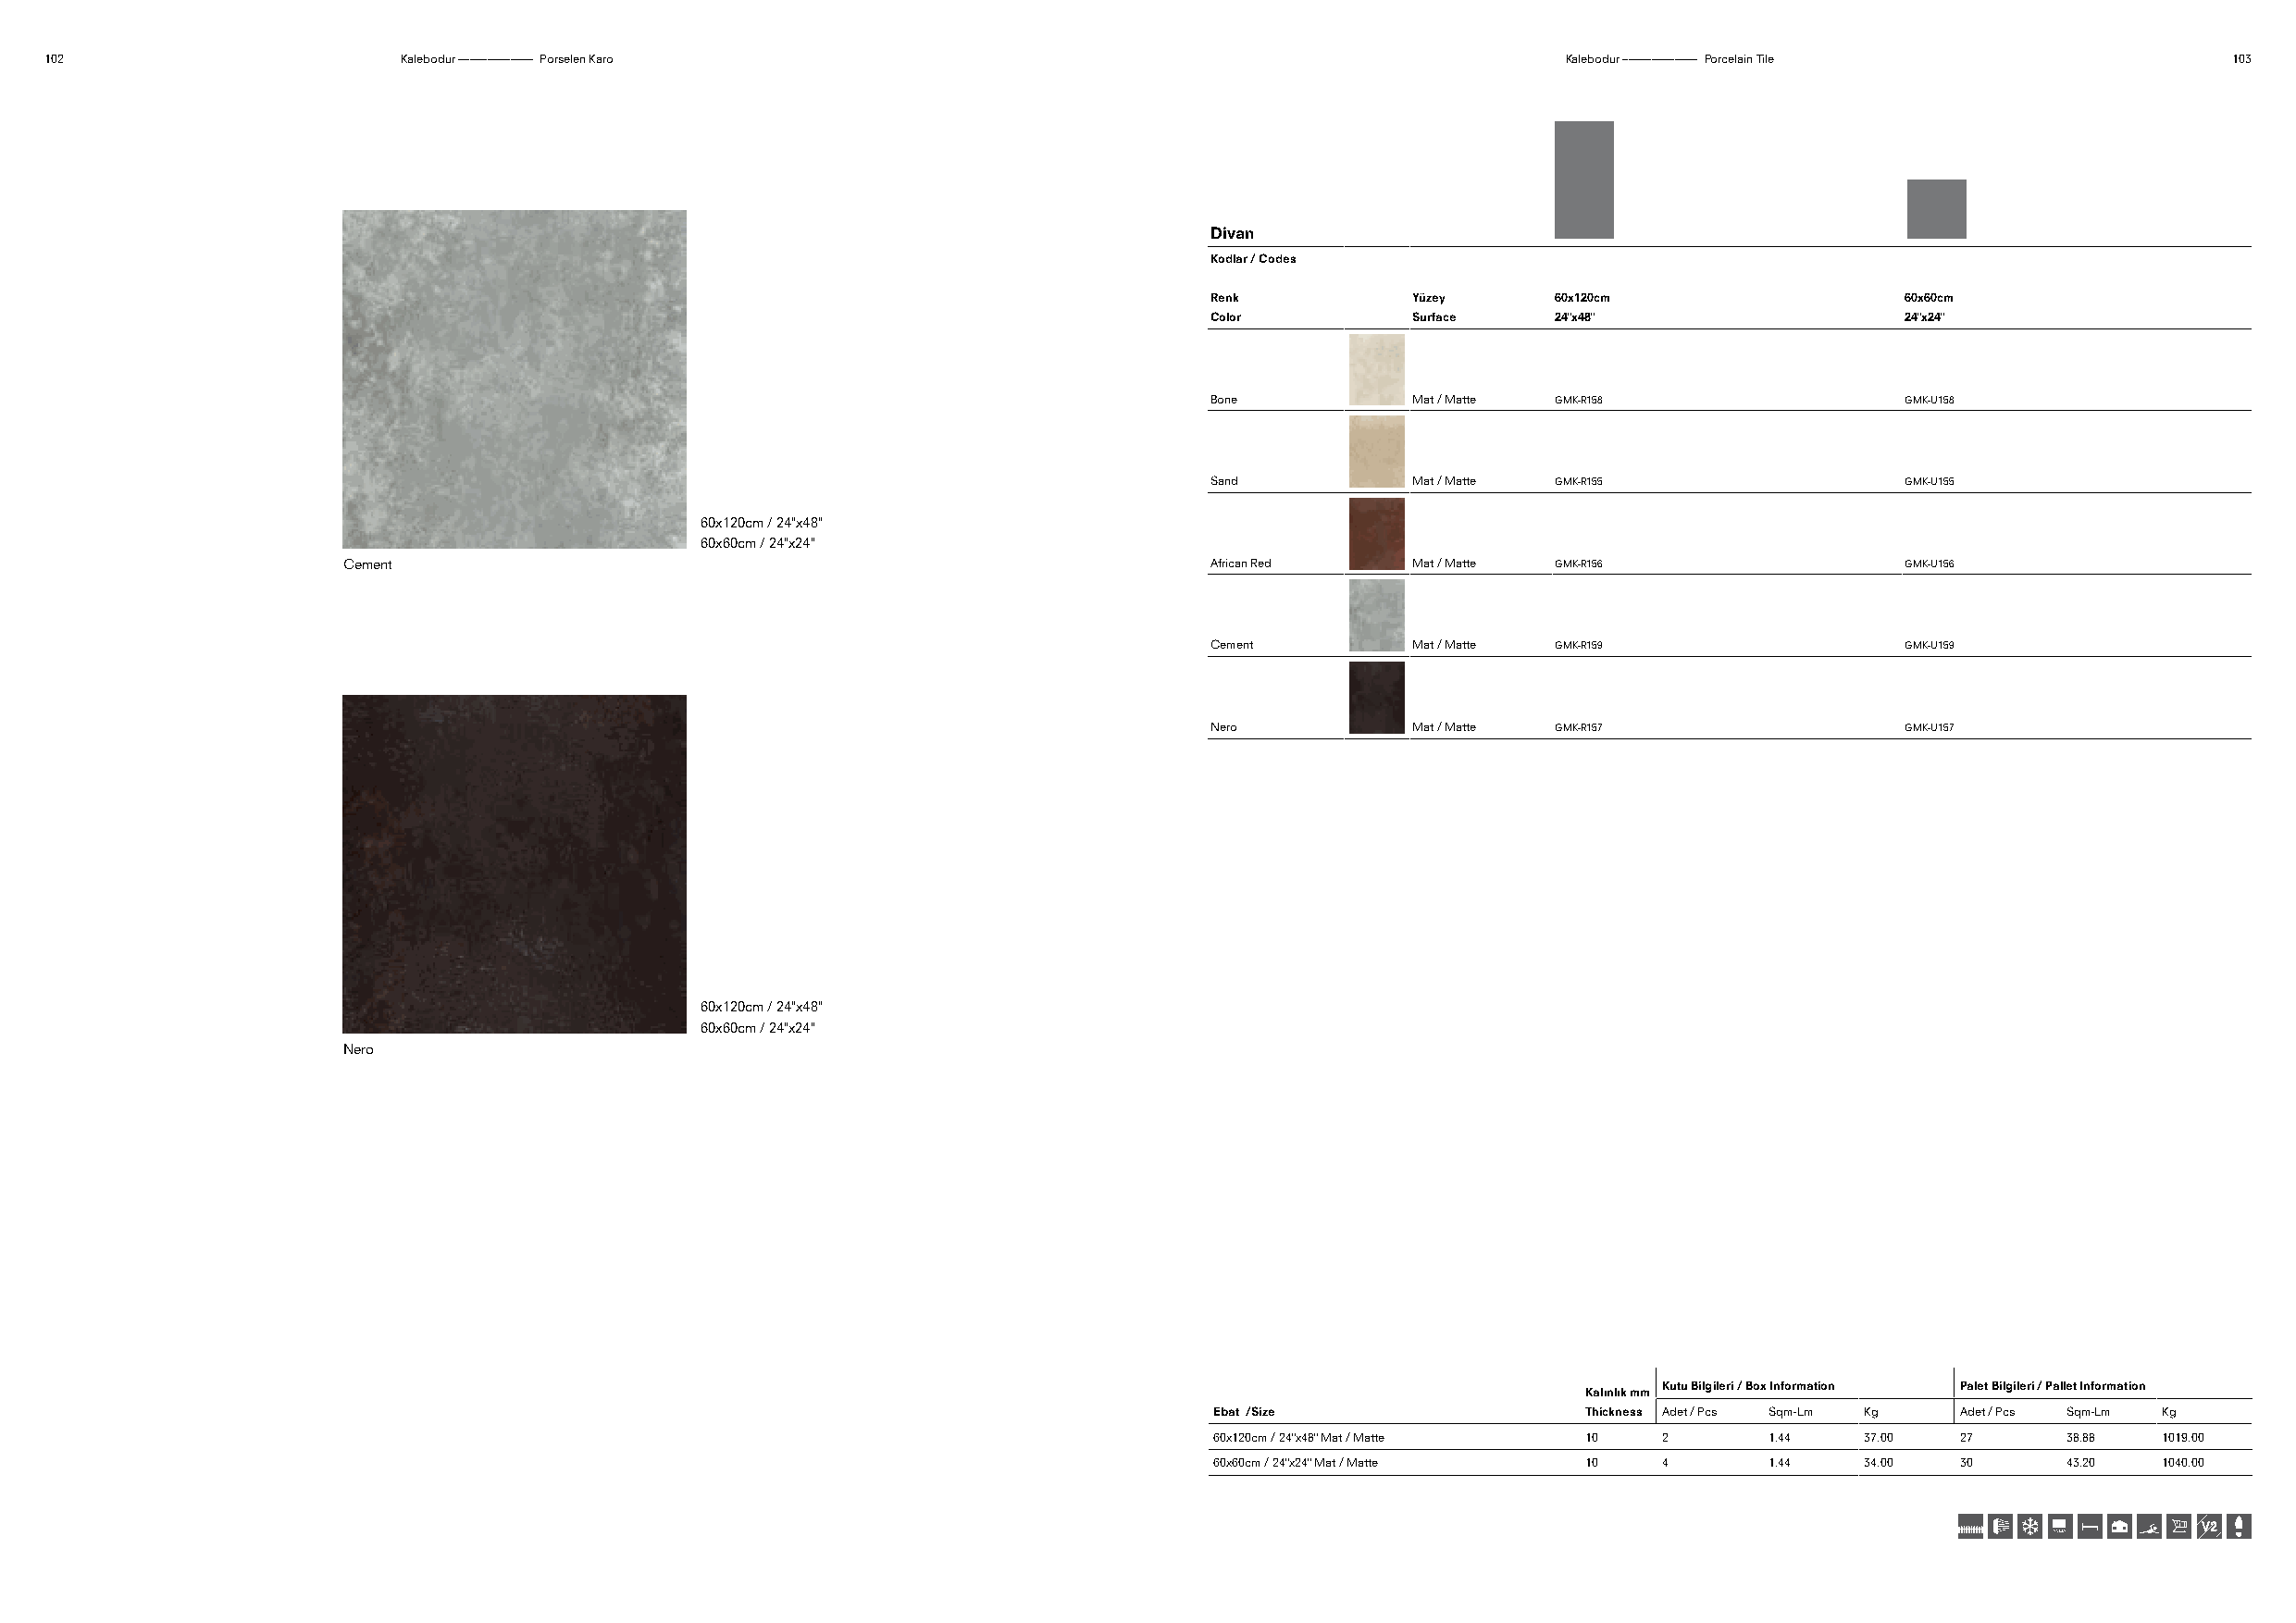
102                       Kalebodur ––––––––––––– Porselen Karo                                              Kalebodur ––––––––––––– Porcelain Tile          103
 Divan
 Kodlar / Codes
 Renk          Yüzey     60x120cm                 60x60cm
 Color         Surface   24"x48"                  24"x24"
 Bone          Mat / Matte GMK-R158               GMK-U158
 Sand          Mat / Matte GMK-R155               GMK-U155
 60x120cm / 24"x48"
 60x60cm / 24"x24"
 Cement                                                        African Red   Mat / Matte GMK-R156               GMK-U156
 Cement        Mat / Matte GMK-R159               GMK-U159
 Nero          Mat / Matte GMK-R157               GMK-U157
 60x120cm / 24"x48"
 60x60cm / 24"x24"
 Nero
 Kutu Bilgileri / Box Information Palet Bilgileri / Pallet Information
 Kalınlık mm
 Ebat /Size                Thickness Adet / Pcs Sqm-Lm Kg Adet / Pcs Sqm-Lm Kg
 60x120cm / 24"x48" Mat / Matte 10 2    1.44   37.00  27      38.88  1019.00
 60x60cm / 24"x24" Mat / Matte 10 4     1.44   34.00  30      43.20  1040.00